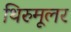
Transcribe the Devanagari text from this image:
थिरुमूलर